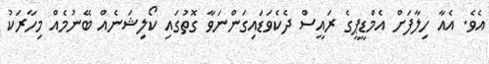
އެވެ. އެއާ ހިލާފަށް އެމްޑީޕީގެ ރައީސް ދެކެވަޑައިގަންނަވާ ގޮތުގައި ކޯލިޝަނެއް ބޭނުމެއް މިހާރަކު